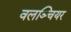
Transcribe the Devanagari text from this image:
वलञ्चियर